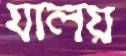
যালয়